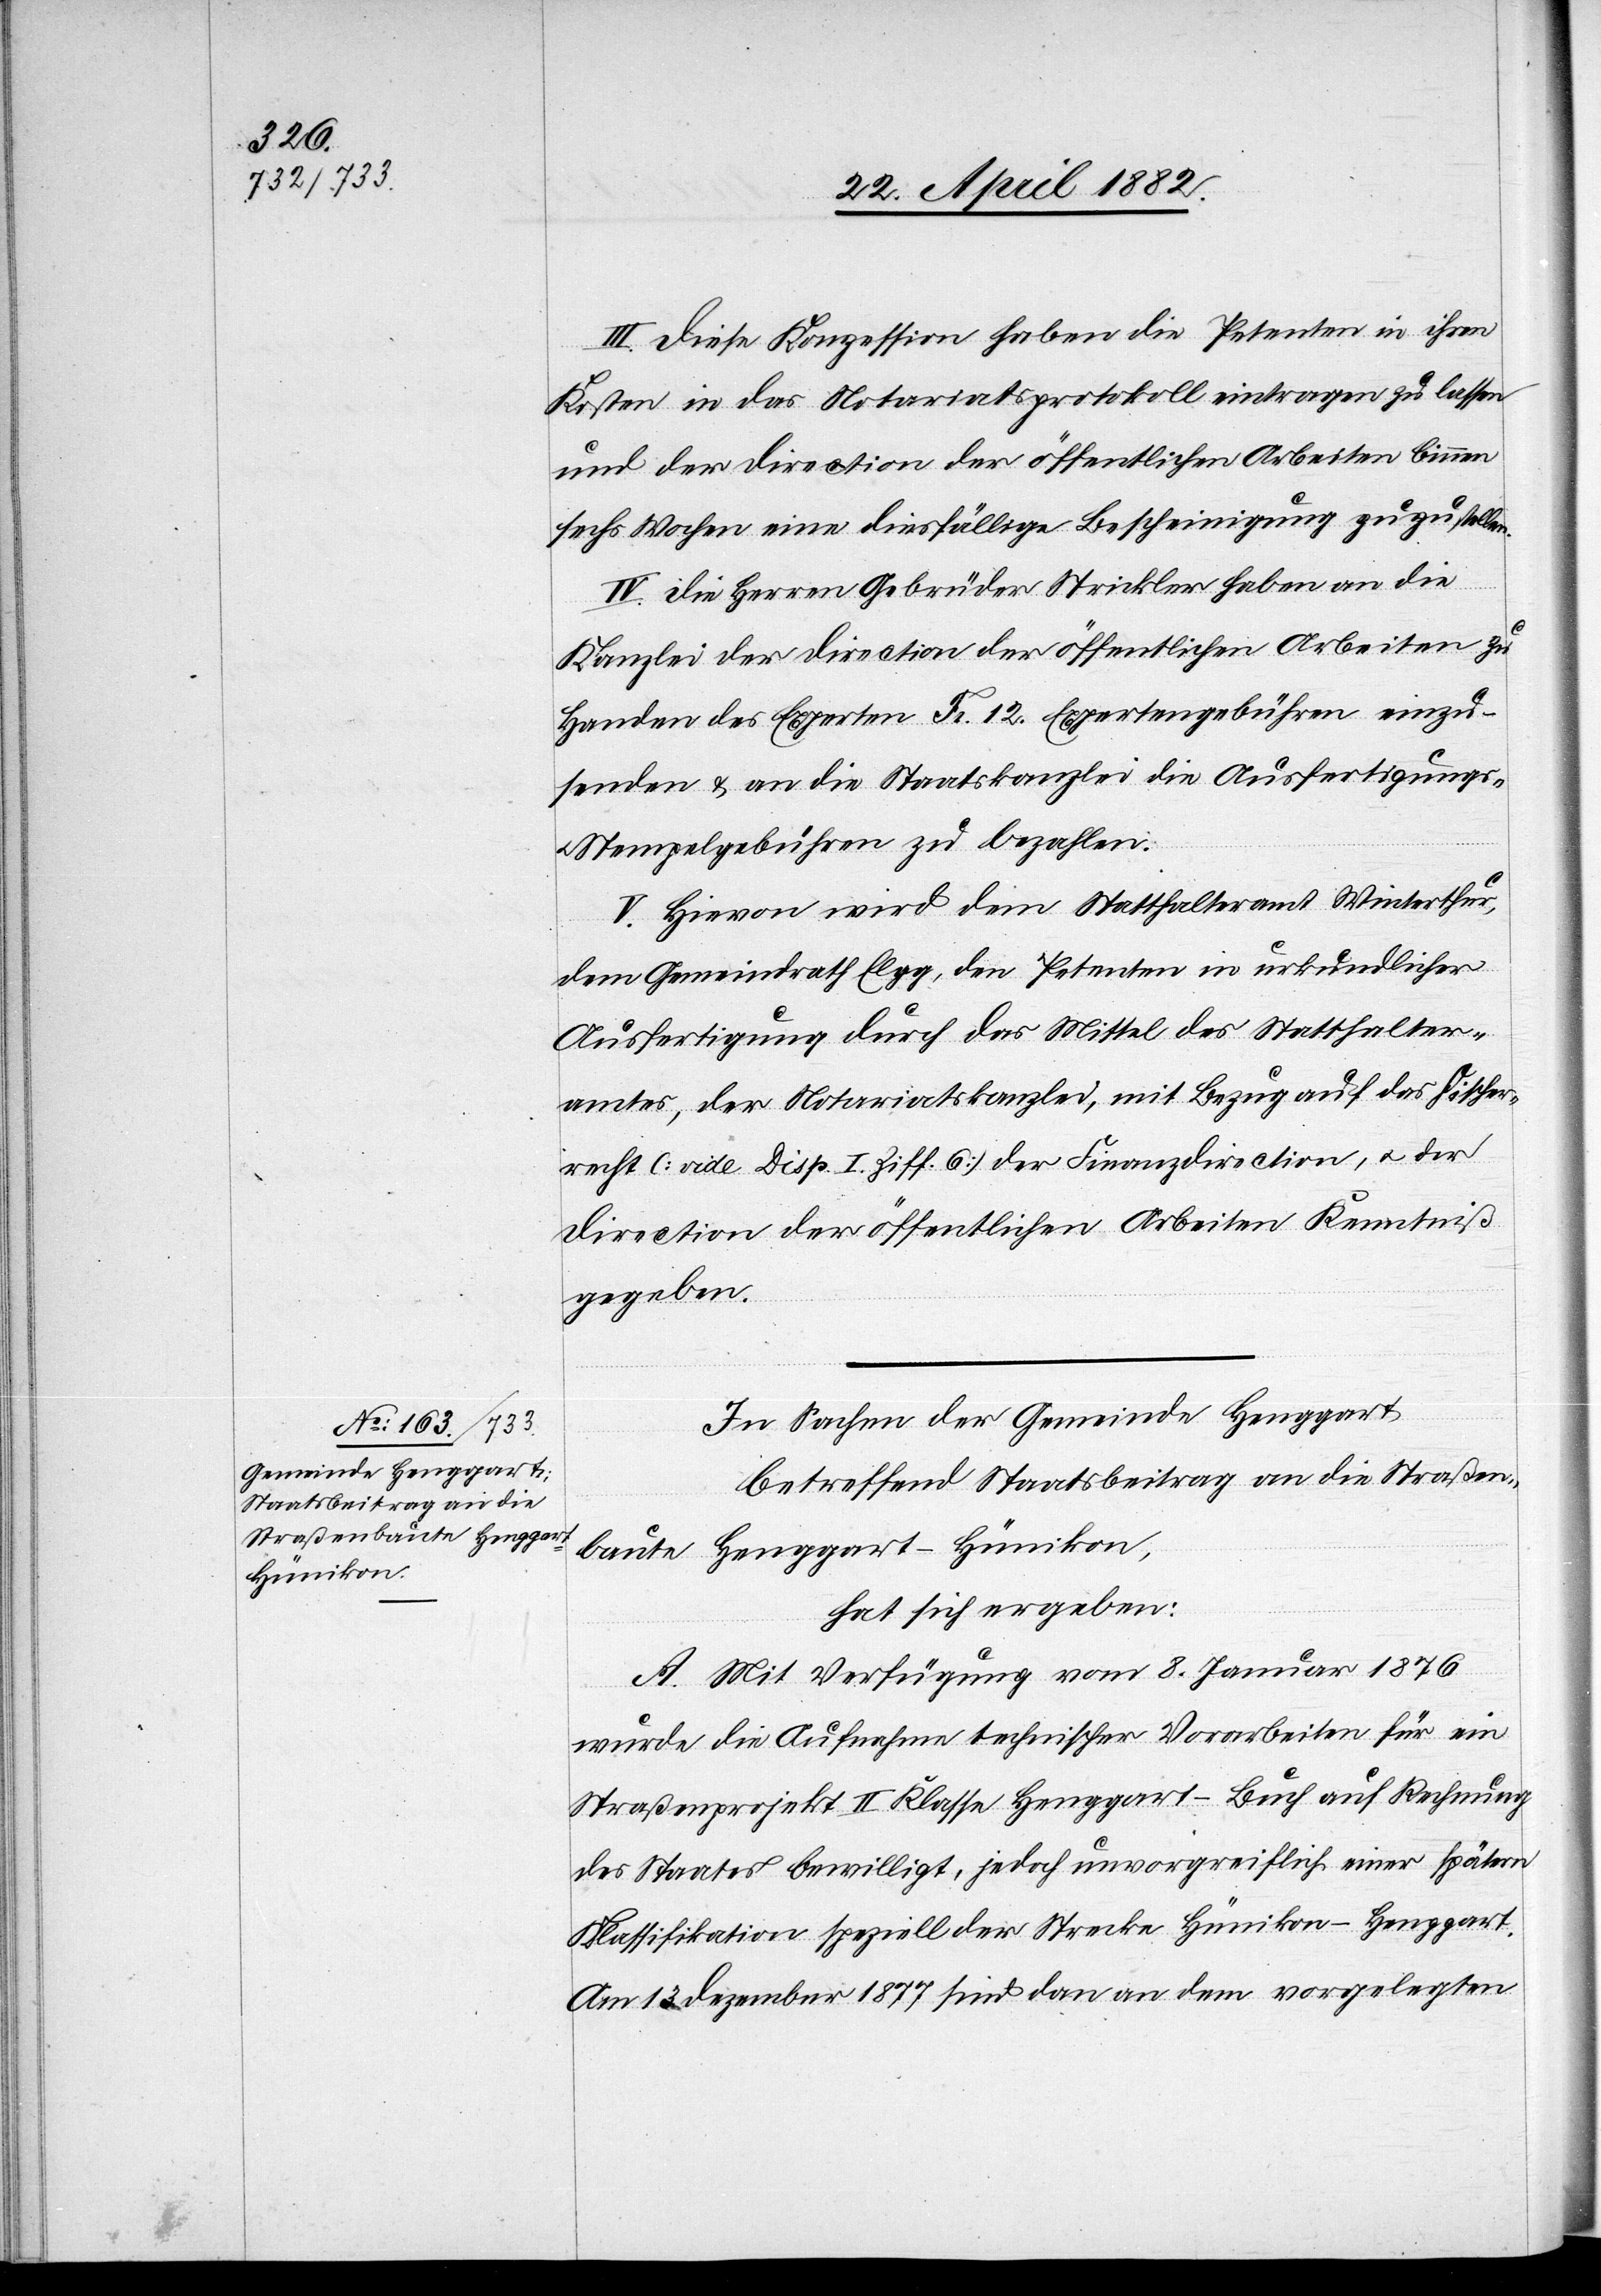
In Sachen der Gemeinde Henggart,
betreffend Staatsbeitrag an die Straßen¬
baute Henggart–Hünikon,
hat sich ergeben:
A. Mit Verfügung vom 8. Januar 1876
wurde die Aufnahme technischer Vorarbeiten für ein
Straßenprojekt II. Klasse Henggart–Buch auf Rechnung
des Staates bewilligt, jedoch unvorgreiflich einer spätern
Klassifikation speziell der Strecke Hünikon–Henggart.
Am 13. Dezember 1877 sind dan[n] an dem vorgelegten